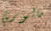
مالوري